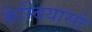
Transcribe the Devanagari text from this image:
कैम्बियासो